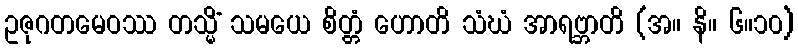
ဥဇုဂတမေဝဿ တသ္မိံ သမယေ စိတ္တံ ဟောတိ သံဃံ အာရဗ္ဘာတိ (အ။ နိ။ ၆။၁၀)